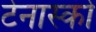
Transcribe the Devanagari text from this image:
टेनास्को